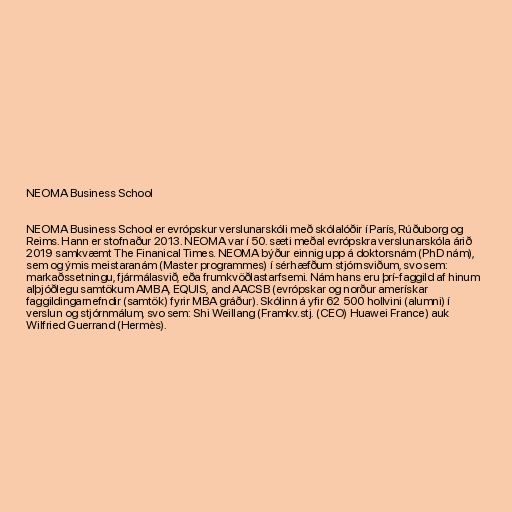
NEOMA Business School

NEOMA Business School er evrópskur verslunarskóli með skólalóðir í París, Rúðuborg og
Reims. Hann er stofnaður 2013. NEOMA var í 50. sæti meðal evrópskra verslunarskóla árið
2019 samkvæmt The Finanical Times. NEOMA býður einnig upp á doktorsnám (PhD nám),
sem og ýmis meistaranám (Master programmes) í sérhæfðum stjórnsviðum, svo sem:
markaðssetningu, fjármálasvið, eða frumkvöðlastarfsemi. Nám hans eru þrí-faggild af hinum
alþjóðlegu samtökum AMBA, EQUIS, and AACSB (evrópskar og norður amerískar
faggildingarnefndir (samtök) fyrir MBA gráður). Skólinn á yfir 62 500 hollvini (alumni) í
verslun og stjórnmálum, svo sem: Shi Weillang (Framkv.stj. (CEO) Huawei France) auk
Wilfried Guerrand (Hermès).